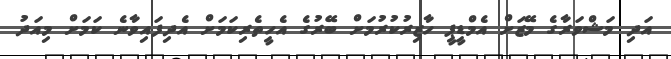
އަދި މަޝްވަރާގެ މޭޒަށް އެމްޑީޕީ ހާޒިރުކުރުމަށް ބޭރުގެ އެހީތެރިކަމަށް އެދިފައިވާނެ ކަމަށް މިއަދު